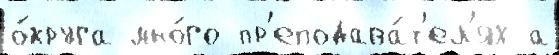
о́круга мно́го пр'еподава́т'ел'ях а